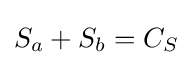
S_{a}+S_{b}=C_{S}